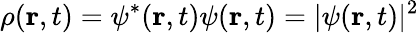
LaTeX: \rho(\mathbf{r},t)=\psi^{*}(\mathbf{r},t)\psi(\mathbf{r},t)=|\psi(\mathbf{r},t)|^{2}